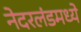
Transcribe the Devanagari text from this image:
नेदरलंडमध्ये